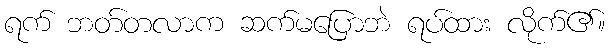
ရက် ဘတ်တလာက ဆက်မပြောဘဲ ရပ်ထား လိုက်၏။